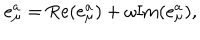
e _ { \mu } ^ { a } = \mathrm { R e } ( e _ { \mu } ^ { a } ) + \omega \mathrm { I m } ( e _ { \mu } ^ { a } ) ,